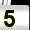
Digit: 5